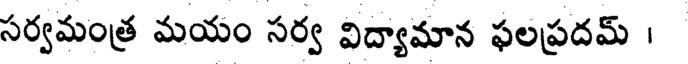
సర్వమంత్ర మయం సర్వ విద్యామాన ఫలప్రదమ్ ।